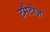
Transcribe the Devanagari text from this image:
टमैटोज़